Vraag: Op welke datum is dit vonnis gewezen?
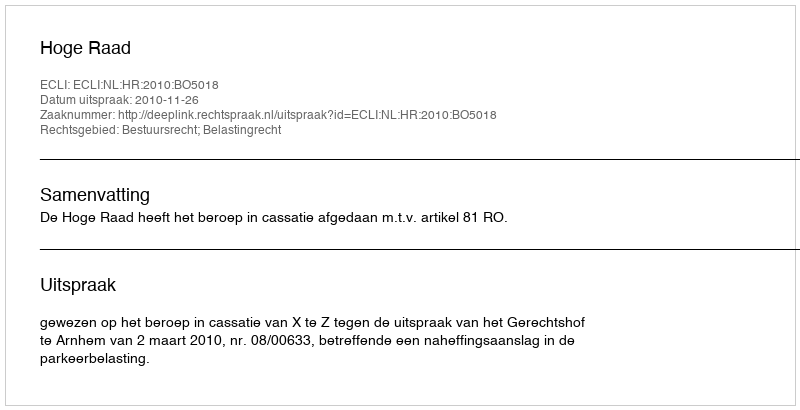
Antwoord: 2010-11-26